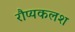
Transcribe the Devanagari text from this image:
रौप्यकलश